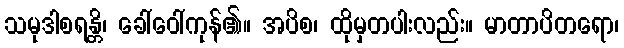
သမုဒါစရန္တိ၊ ခေါ်ဝေါ်ကုန်၏။ အပိစ၊ ထိုမှတပါးလည်း။ မာတာပိတရော၊